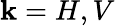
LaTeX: \mathbf{k}=H,V